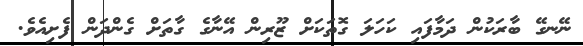
ނޭނގޭ ބާރަކުން ދަމާފައި ކަހަލަ ގޮތަކަށް ޒޫރިން އޭނާގެ ގާތަށް ގެންދަން ފެށިއެވެ.